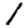
Digit: 1